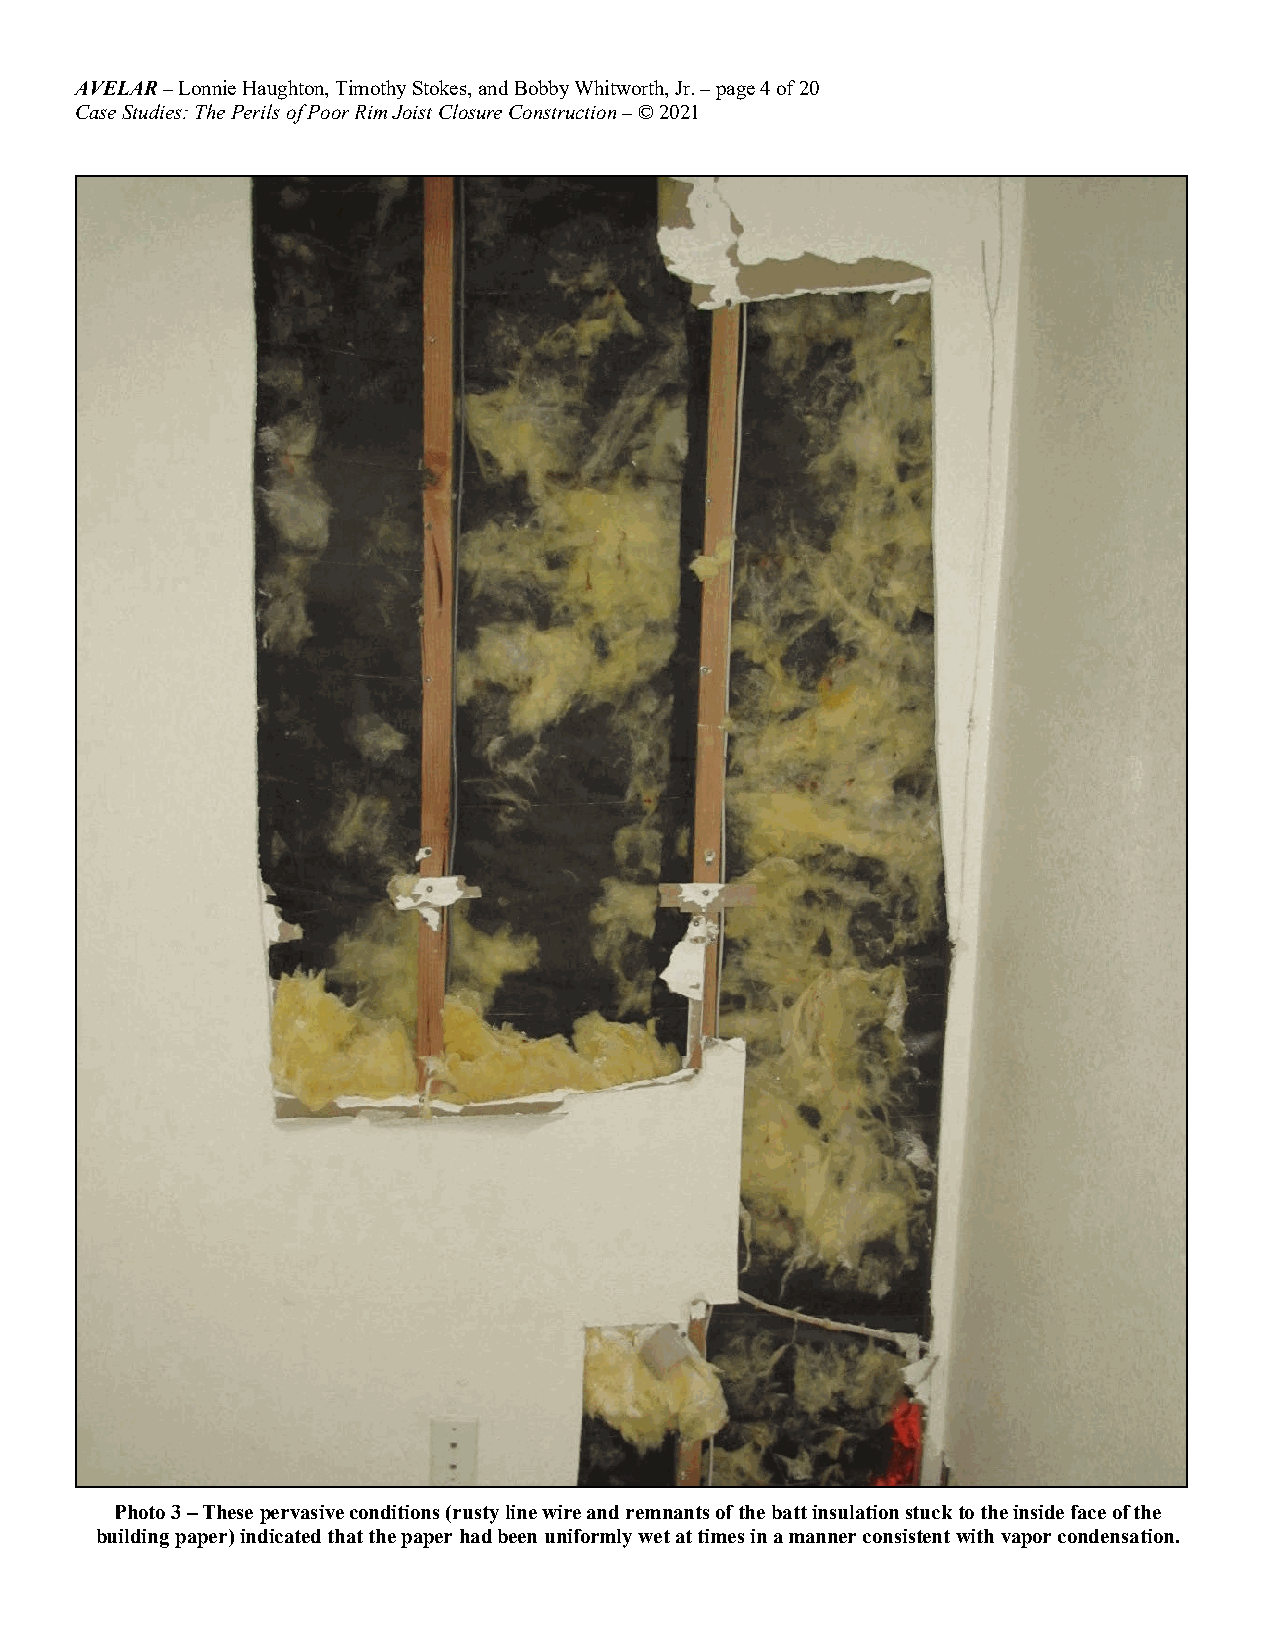
AVELAR – Lonnie Haughton, Timothy Stokes, and Bobby Whitworth, Jr. – page 4 of 20
 Case Studies: The Perils of Poor Rim Joist Closure Construction – © 2021
 Photo 3 – These pervasive conditions (rusty line wire and remnants of the batt insulation stuck to the inside face of the
 building paper) indicated that the paper had been uniformly wet at times in a manner consistent with vapor condensation.